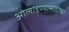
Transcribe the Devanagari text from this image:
ओलांडण्यासाठीच्या